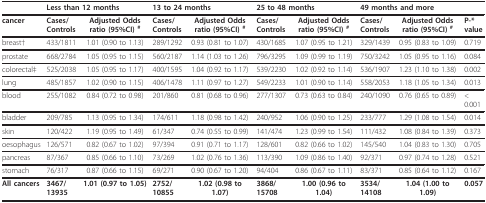
<table><thead><tr><td></td><td colspan="2"><b>Less than 12 months</b></td><td colspan="2"><b>13 to 24 months</b></td><td colspan="2"><b>25 to 48 months</b></td><td colspan="2"><b>49 months and more</b></td><td></td></tr></thead><tbody><tr><td><b>cancer</b></td><td><b>Cases/Controls</b></td><td><b>Adjusted Odds ratio (95%CI) </b><sup>#</sup></td><td><b>Cases/Controls</b></td><td><b>Adjusted Odds ratio (95%CI) </b><sup>#</sup></td><td><b>Cases/Controls</b></td><td><b>Adjusted Odds ratio (95%CI) </b><sup>#</sup></td><td><b>Cases/Controls</b></td><td><b>Adjusted Odds ratio (95%CI) </b><sup>#</sup></td><td><b>P-* value</b></td></tr><tr><td>breast†</td><td>433/1811</td><td>1.01 (0.90 to 1.13)</td><td>289/1292</td><td>0.93 (0.81 to 1.07)</td><td>430/1685</td><td>1.07 (0.95 to 1.21)</td><td>329/1439</td><td>0.95 (0.83 to 1.09)</td><td>0.719</td></tr><tr><td>prostate</td><td>668/2784</td><td>1.05 (0.95 to 1.15)</td><td>560/2187</td><td>1.14 (1.03 to 1.26)</td><td>796/3295</td><td>1.09 (0.99 to 1.19)</td><td>750/3242</td><td>1.05 (0.95 to 1.16)</td><td>0.084</td></tr><tr><td>colorectal‡</td><td>525/2038</td><td>1.05 (0.95 to 1.17)</td><td>400/1595</td><td>1.04 (0.92 to 1.17)</td><td>539/2230</td><td>1.02 (0.92 to 1.14)</td><td>536/1907</td><td>1.23 (1.10 to 1.38)</td><td>0.002</td></tr><tr><td>lung</td><td>485/1857</td><td>1.02 (0.90 to 1.15)</td><td>406/1478</td><td>1.11 (0.97 to 1.27)</td><td>549/2233</td><td>1.01 (0.90 to 1.14)</td><td>558/2053</td><td>1.18 (1.05 to 1.34)</td><td>0.013</td></tr><tr><td>blood</td><td>255/1082</td><td>0.84 (0.72 to 0.98)</td><td>201/860</td><td>0.81 (0.68 to 0.96)</td><td>277/1307</td><td>0.73 (0.63 to 0.84)</td><td>240/1090</td><td>0.76 (0.65 to 0.89)</td><td>&lt; 0.001</td></tr><tr><td>bladder</td><td>209/785</td><td>1.13 (0.95 to 1.34)</td><td>174/611</td><td>1.18 (0.98 to 1.42)</td><td>240/952</td><td>1.06 (0.90 to 1.25)</td><td>233/777</td><td>1.29 (1.08 to 1.54)</td><td>0.014</td></tr><tr><td>skin</td><td>120/422</td><td>1.19 (0.95 to 1.49)</td><td>61/347</td><td>0.74 (0.55 to 0.99)</td><td>141/474</td><td>1.23 (0.99 to 1.54)</td><td>111/432</td><td>1.08 (0.84 to 1.39)</td><td>0.373</td></tr><tr><td>oesophagus</td><td>126/571</td><td>0.82 (0.67 to 1.02)</td><td>97/394</td><td>0.91 (0.71 to 1.17)</td><td>128/601</td><td>0.82 (0.66 to 1.02)</td><td>145/540</td><td>1.04 (0.83 to 1.30)</td><td>0.705</td></tr><tr><td>pancreas</td><td>87/367</td><td>0.85 (0.66 to 1.10)</td><td>73/269</td><td>1.02 (0.76 to 1.36)</td><td>113/390</td><td>1.09 (0.86 to 1.40)</td><td>92/371</td><td>0.97 (0.74 to 1.28)</td><td>0.521</td></tr><tr><td>stomach</td><td>76/317</td><td>0.87 (0.66 to 1.15)</td><td>69/271</td><td>0.90 (0.67 to 1.20)</td><td>94/404</td><td>0.86 (0.67 to 1.11)</td><td>83/371</td><td>0.85 (0.64 to 1.12)</td><td>0.167</td></tr><tr><td><b>All cancers</b></td><td><b>3467/13935</b></td><td><b>1.01 (0.97 to 1.05)</b></td><td><b>2752/10855</b></td><td><b>1.02 (0.98 to 1.07)</b></td><td><b>3868/15708</b></td><td><b>1.00 (0.96 to 1.04)</b></td><td><b>3534/14108</b></td><td><b>1.04 (1.00 to 1.09)</b></td><td><b>0.057</b></td></tr></tbody></table>